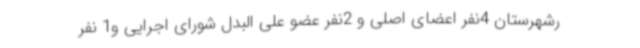
رشهرستان 4نفر اعضای اصلی و 2نفر عضو علی البدل شورای اجرایی و1 نفر